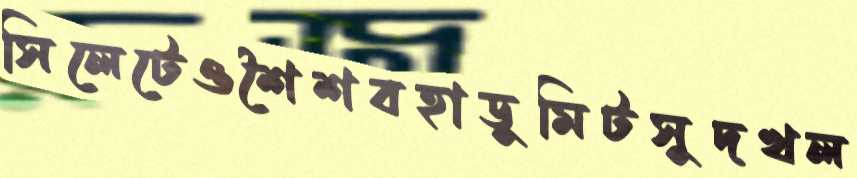
সিলেটেওশৈশবহাডুমিটসুদখল